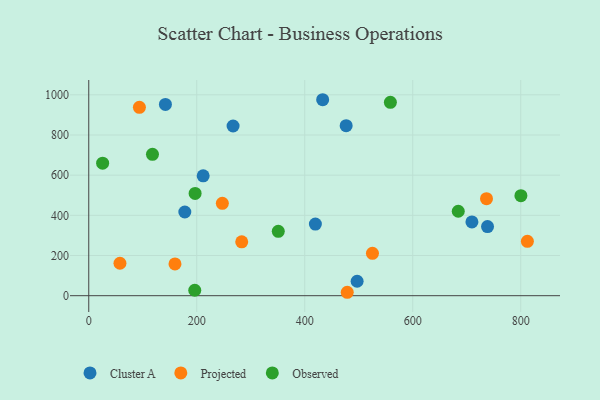
{"axis": {"x": "Engine Size", "y": "Sales"}, "legend": ["Cluster A", "Observed", "Projected"], "data": [{"x": "211.9", "y": 596.9, "type": "Cluster A"}, {"x": "177.9", "y": 416.7, "type": "Cluster A"}, {"x": "709.6", "y": 367.0, "type": "Cluster A"}, {"x": "142.0", "y": 952.1, "type": "Cluster A"}, {"x": "419.7", "y": 356.3, "type": "Cluster A"}, {"x": "738.5", "y": 344.0, "type": "Cluster A"}, {"x": "267.3", "y": 844.6, "type": "Cluster A"}, {"x": "433.2", "y": 975.5, "type": "Cluster A"}, {"x": "476.7", "y": 846.5, "type": "Cluster A"}, {"x": "497.0", "y": 71.8, "type": "Cluster A"}, {"x": "812.3", "y": 270.6, "type": "Projected"}, {"x": "525.4", "y": 210.7, "type": "Projected"}, {"x": "283.3", "y": 268.2, "type": "Projected"}, {"x": "736.6", "y": 482.9, "type": "Projected"}, {"x": "159.7", "y": 158.2, "type": "Projected"}, {"x": "247.4", "y": 459.9, "type": "Projected"}, {"x": "93.8", "y": 937.7, "type": "Projected"}, {"x": "478.7", "y": 17.0, "type": "Projected"}, {"x": "57.8", "y": 161.5, "type": "Projected"}, {"x": "800.3", "y": 498.1, "type": "Observed"}, {"x": "684.3", "y": 420.3, "type": "Observed"}, {"x": "196.3", "y": 27.0, "type": "Observed"}, {"x": "197.0", "y": 509.0, "type": "Observed"}, {"x": "351.0", "y": 320.6, "type": "Observed"}, {"x": "558.6", "y": 962.4, "type": "Observed"}, {"x": "25.7", "y": 659.6, "type": "Observed"}, {"x": "118.0", "y": 703.6, "type": "Observed"}]}